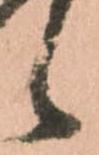
候